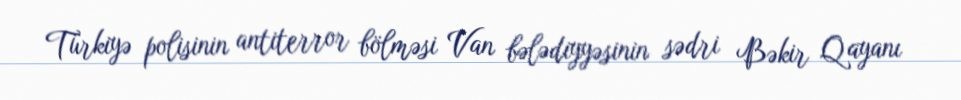
Türkiyə polisinin antiterror bölməsi Van bələdiyyəsinin sədri Bəkir Qayanı